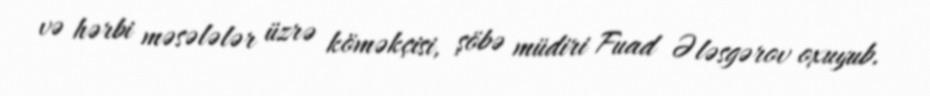
və hərbi məsələlər üzrə köməkçisi, şöbə müdiri Fuad Ələsgərov oxuyub.